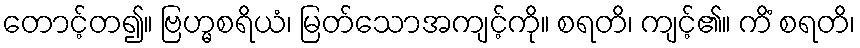
တောင့်တ၍။ ဗြဟ္မစရိယံ၊ မြတ်သောအကျင့်ကို။ စရတိ၊ ကျင့်၏။ ကိံ စရတိ၊